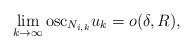
\begin{align*}\lim_{k\to \infty} \mbox{osc}_{N_{i,k}} u_k = o(\delta,R),\end{align*}